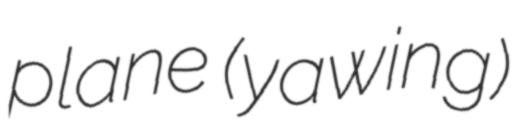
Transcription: plane (yawing)